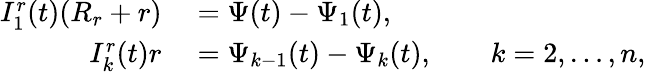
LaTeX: \begin{array}{rl}{I_{1}^{r}(t)(R_{r}+r)}&{{}=\Psi(t)-\Psi_{1}(t),}\\ {I_{k}^{r}(t)r}&{{}=\Psi_{k-1}(t)-\Psi_{k}(t),\qquad k=2,\ldots,n,}\end{array}